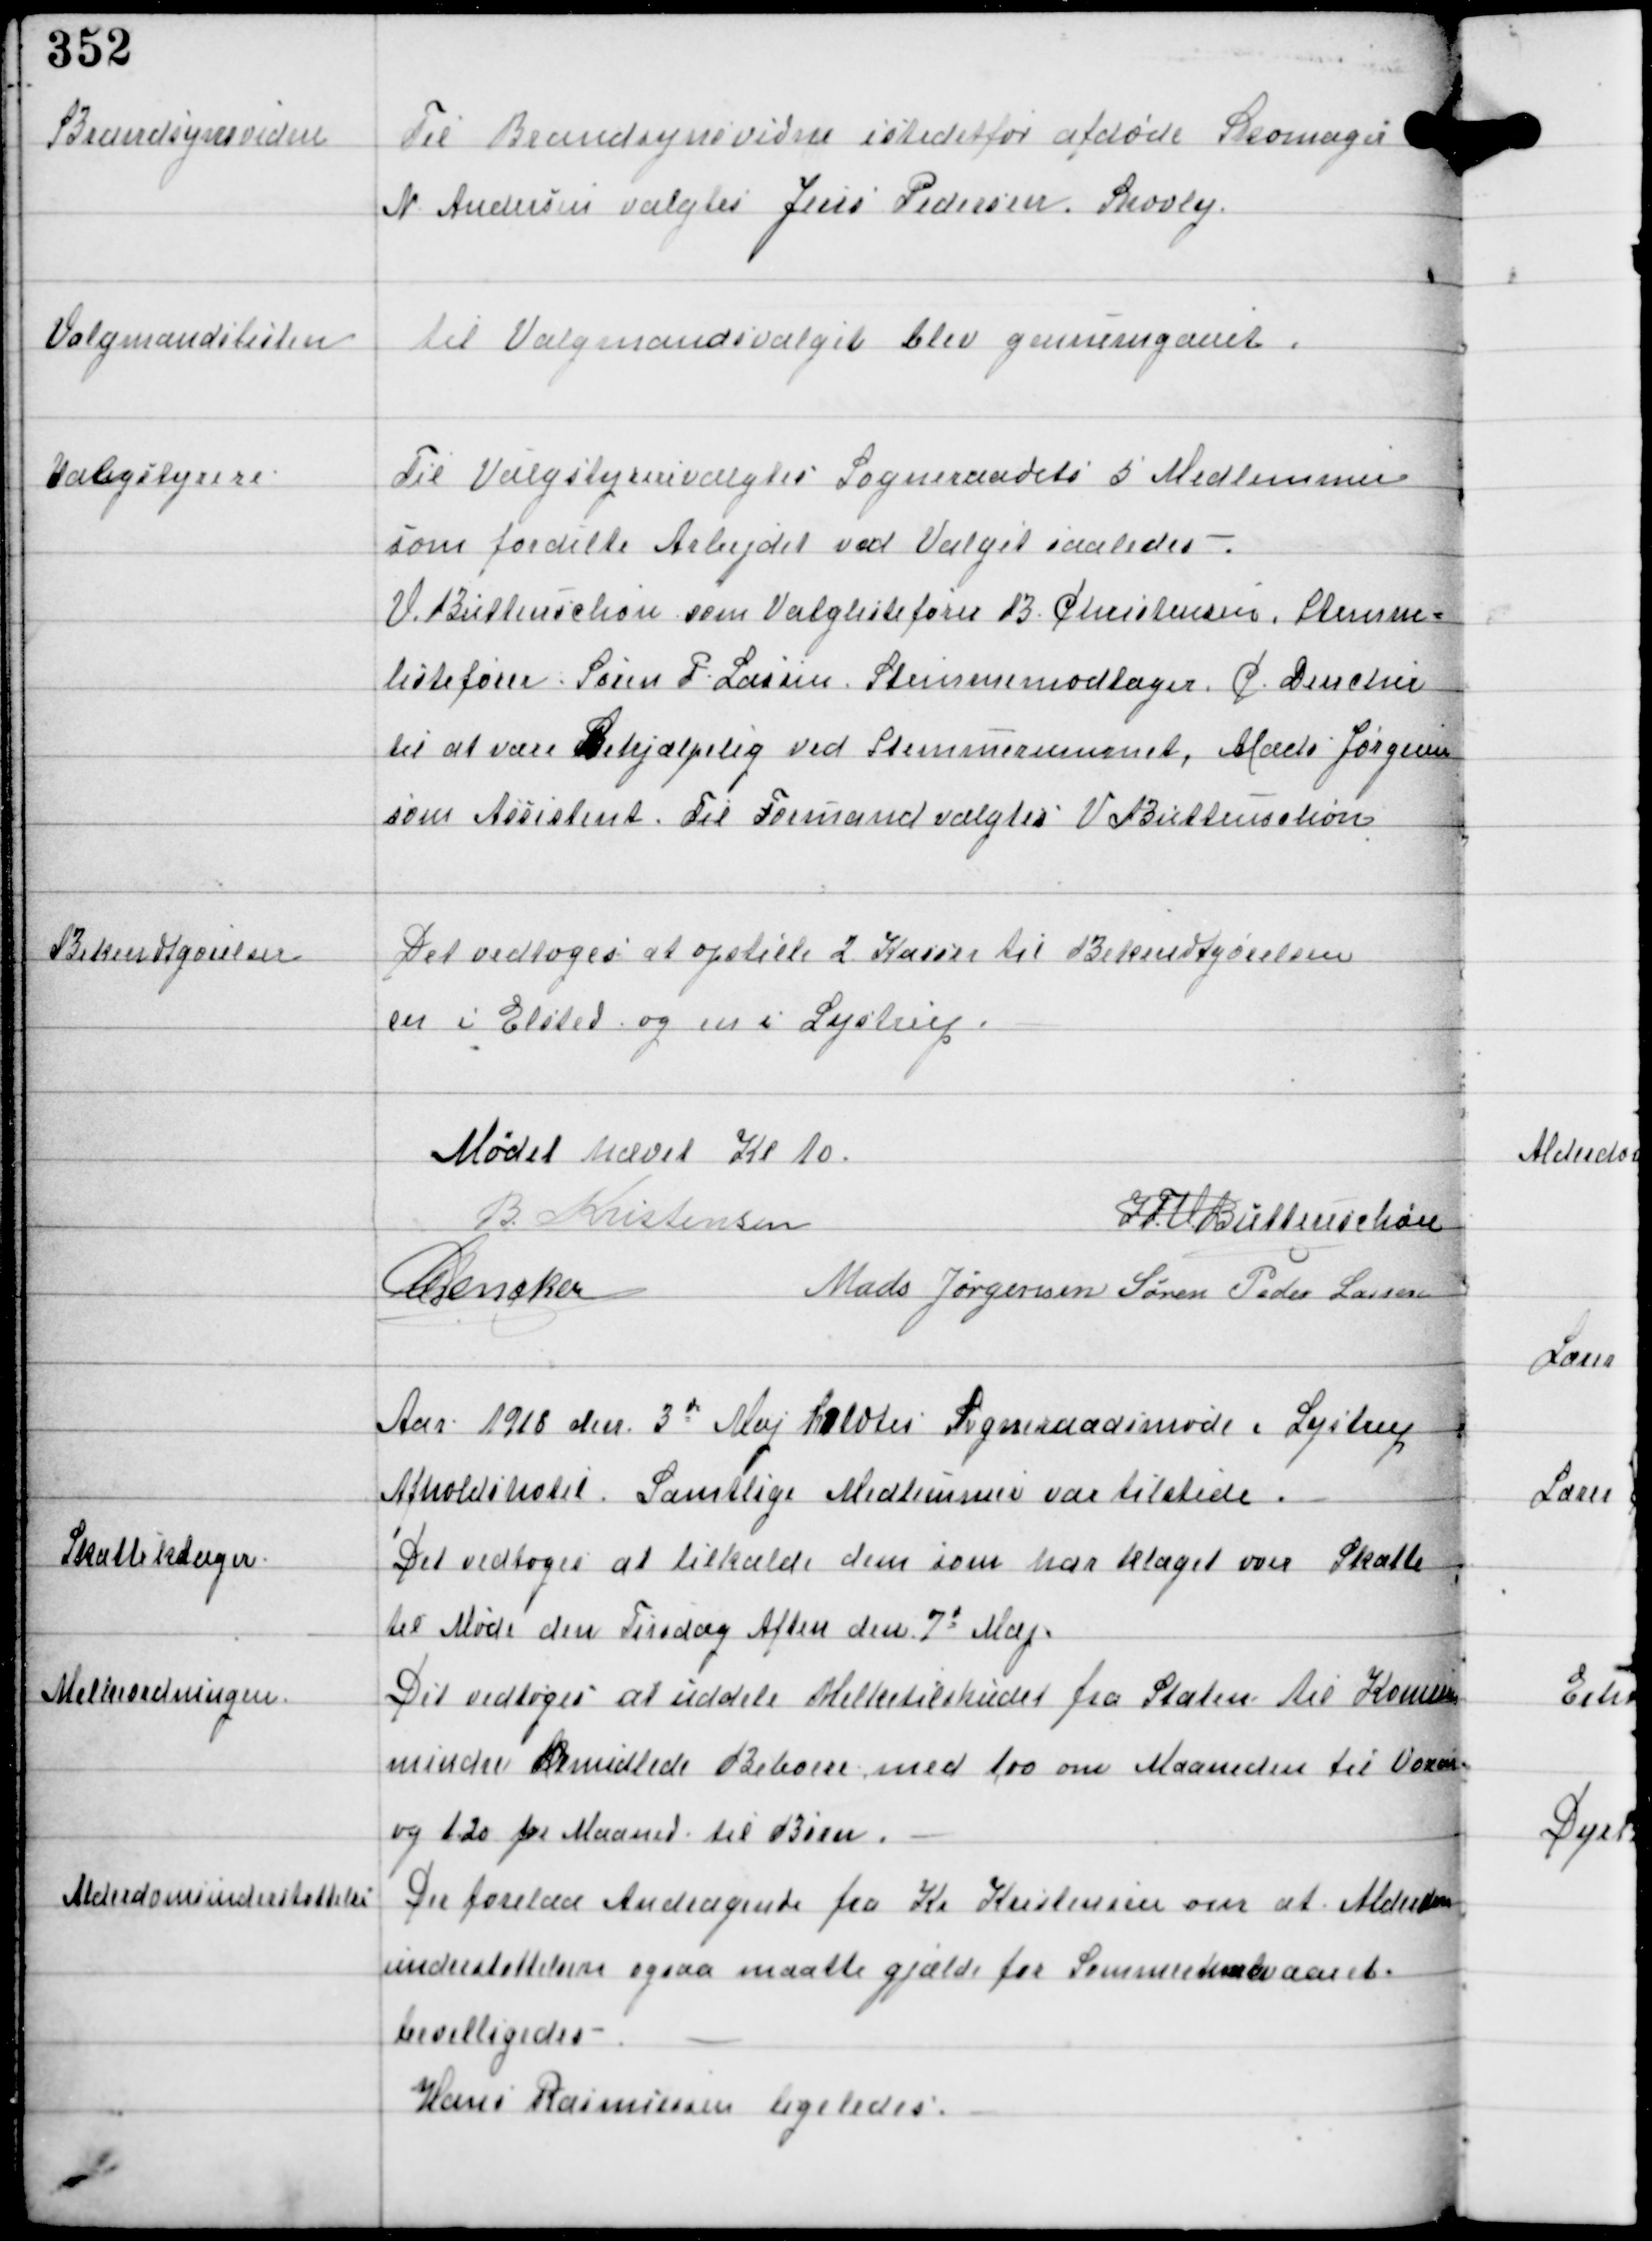
Transskription:
Brandsynsvidne

Til Brandsynsvidne istedetfor afdøde Skomager
N Andersen valgtes Jens Pedersen, Skovly.

Valgmandslisten

til Valgmandsvalget blev gennemgaaet.

Valgstyrere

Til Valgstyrere valgtes Sogneraadets 5 Medlemmer
som fordelte Arbejdet ved Valget saaledes. -
V. Buttenschøn som Valglistefører B Christensen Stemme-
listefører Søren P. Lassen. Stemmemodtager C Dencker
til at være Behjælpelig ved Stemmerummet, Mads Jørgensen
som Assistent. Til Formand valgtes V Buttenschøn

Bekendtgørelser

Det vedtoges at opstille 2 Kasser til Bekendtgørelsen
en i Elsted og en i Lystrup.

Mødet hævet Kl 10.
B Kristensen
IFV Buttenschøn
C Dencker
Mads Jørgensen Søren Peder Lassen

Aar 1918 den 3d Maj holdtes Sogneraadsmøde i Lystrup
Afholdshotel. Samtlige Medlemmer var tilstede.

Skatteklager

Det vedtoges at tilkalde dem som har klaget over Skatte
til Møde den Tirsdag Aften den 7d Maj.

Melkeordningen

Det vedtoges at uddele Melketilskudet fra Staten til Komunens
mindre Bemidlede Beboere med 1.00 om Maaneden til Voxne
og 1.20 per Maaned til Børn.

Alderdomsunderstøttelse

Der forelaa Andragende fra Kr Kristensen om at Alderdoms-
understøttelsen ogsaa maatte gjælde for Sommerhalvaaret.
bevilligedes.
Hans Rasmussen ligeledes. -